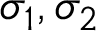
\sigma _ { 1 } , \sigma _ { 2 }